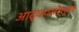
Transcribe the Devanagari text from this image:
आद्यपरमेश्वर